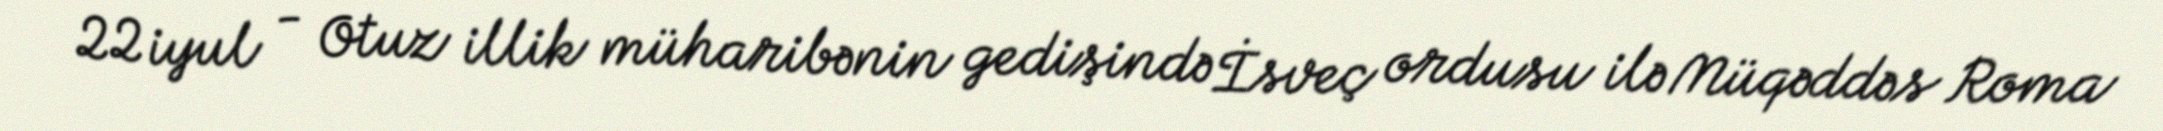
22 iyul - Otuz illik müharibənin gedişində İsveç ordusu ilə Müqəddəs Roma